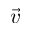
\vec { v }